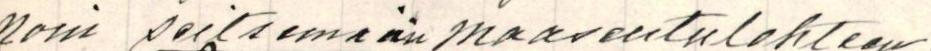
noin seitsemään maakuntalehteen